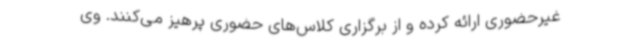
غیرحضوری ارائه کرده و از برگزاری کلاس‌های حضوری پرهیز می‌کنند. وی